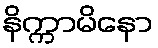
နိက္ကာမိနော